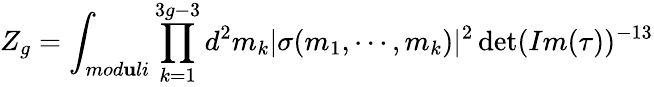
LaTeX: Z_{g}=\int_{mod\mathbf{u}li}\prod_{k=1}^{3g-3}d^{2}m_{k}|\sigma(m_{1},\cdots,m_{k})|^{2}\operatorname*{det}(Im(\tau))^{-13}